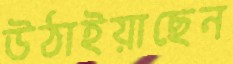
উঠাইয়াছেন